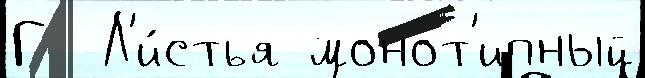
Г  Л'и́стья монот'ипный